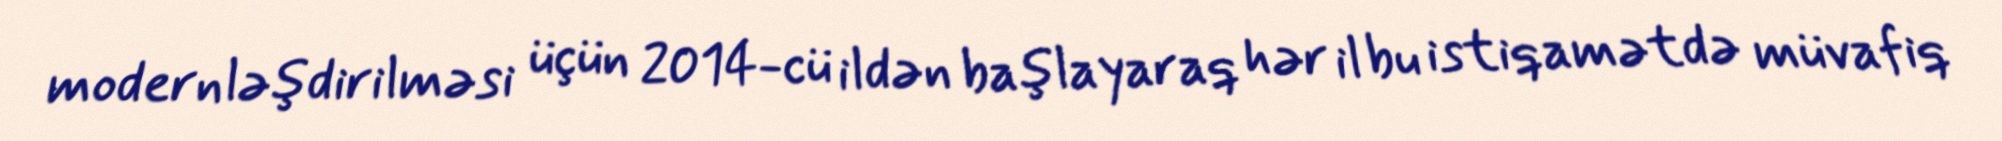
modernləşdirilməsi üçün 2014-cü ildən başlayaraq hər il bu istiqamətdə müvafiq